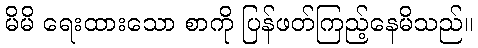
မိမိ ရေးထားသော စာကို ပြန်ဖတ်ကြည့်နေမိသည်။